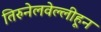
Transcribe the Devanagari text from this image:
तिरुनेलवेल्लीहून